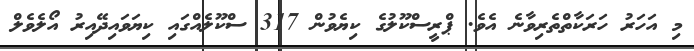
މި އަހަރު ހަރަކާތްތެރިވާނެ އެވެ. ޕްރީސްކޫލުގެ ކިޔެވުން 317 ސްކޫލެއްގައި ކިޔަވައިދޭއިރު އޯލެވެލް